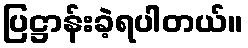
ပြဋ္ဌာန်းခဲ့ရပါတယ်။